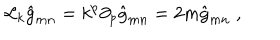
\mathcal { L } _ { k } \hat { g } _ { m n } = k ^ { p } \partial _ { p } \hat { g } _ { m n } = 2 m \hat { g } _ { m n } \; ,